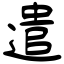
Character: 遣